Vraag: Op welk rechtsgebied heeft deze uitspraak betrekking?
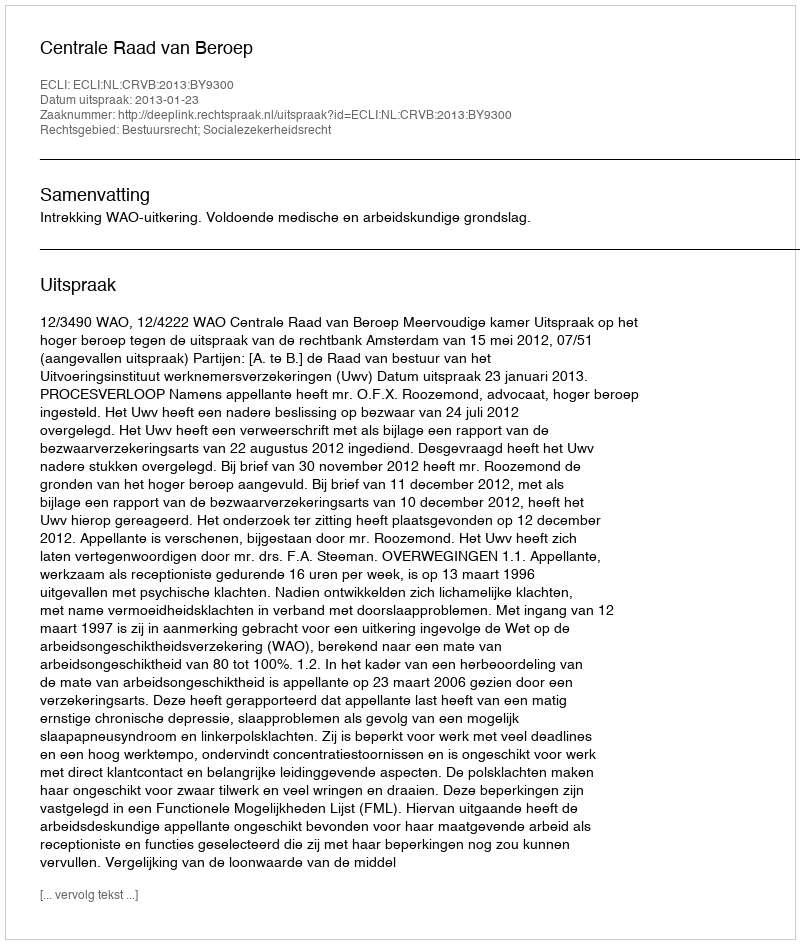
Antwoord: Bestuursrecht; Socialezekerheidsrecht